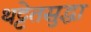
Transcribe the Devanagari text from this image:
थट्टेतसुद्धा